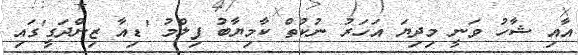
އާއި ޝާހު ވަނީ މިދިޔަ އަހަރު ނުކުތް ކާމިޔާބު ފިލްމު 'ޑިއާ ޒިންދަގީ'ގައި